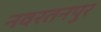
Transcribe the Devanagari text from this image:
नवरतनपुर